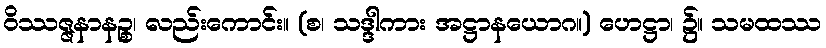
ဝိဿဇ္ဇနာနဉ္စ၊ လည်းကောင်း။ (စ၊ သဒ္ဒါကား အဋ္ဌာနယောဂ။) ဟေဋ္ဌာ၊ ၌။ သမထဿ